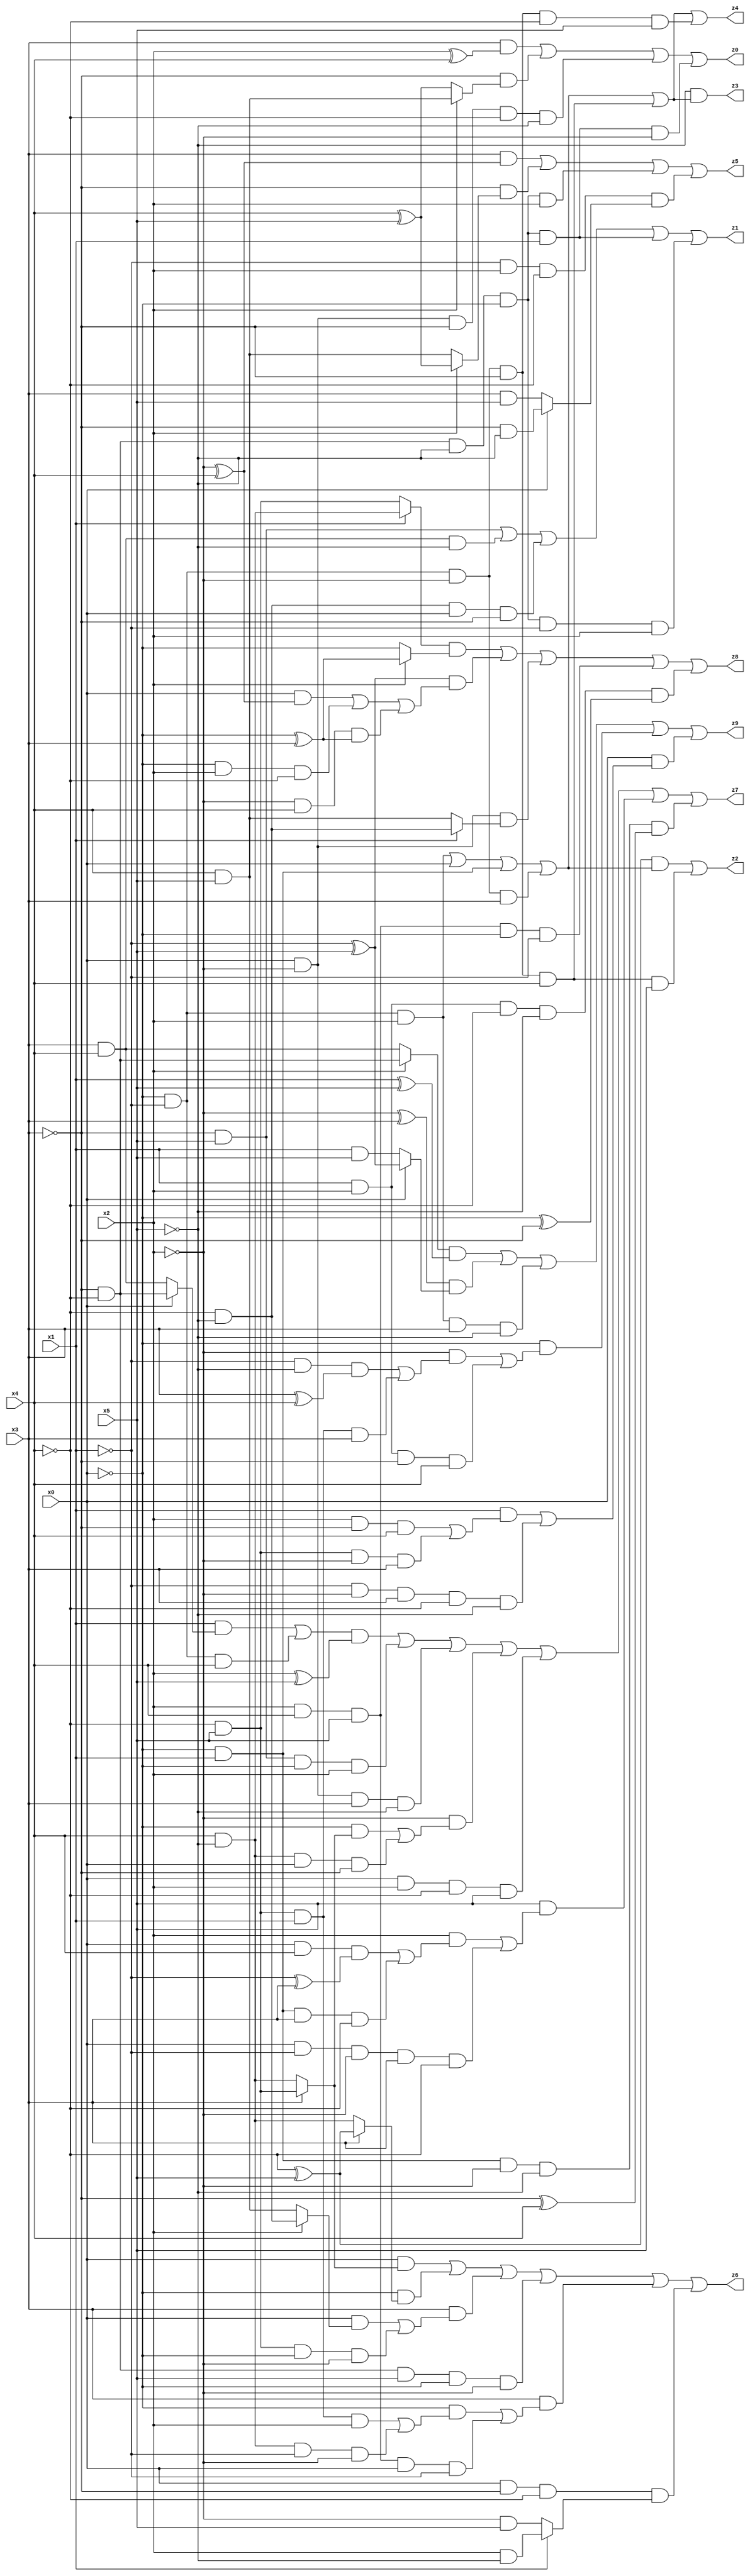
// Benchmark "X_28" written by ABC on Mon Jun 05 18:09:44 2023

module X_28 ( 
    x0, x1, x2, x3, x4, x5,
    z0, z1, z2, z3, z4, z5, z6, z7, z8, z9  );
  input  x0, x1, x2, x3, x4, x5;
  output z0, z1, z2, z3, z4, z5, z6, z7, z8, z9;
  assign z0 = (x3 & (x2 ^ x4)) | (~x3 & (x2 ? (x4 & x5) : (x4 ^ x5))) | (x0 & ~x2 & ~x3 & ~x4 & ~x5) | (~x3 & ~x4 & ~x5 & ~x0 & x1 & ~x2);
  assign z1 = (~x3 & x5) | (x3 & x4 & ~x5) | (~x4 & ~x5 & x0 & ~x3) | (~x3 & ~x4 & ~x5 & ~x0 & x1) | (~x3 & ~x4 & ~x5 & ~x0 & ~x1 & x2);
  assign z2 = ((~x4 ^ x5) & ((~x0 & ~x1 & x2) | x0 | (~x0 & x1) | (~x0 & ~x1 & ~x2 & x3))) | (~x0 & ~x1 & ~x2 & ~x3 & x4 & x5);
  assign z3 = ~x5 & ((~x0 & ~x1 & x2) | x0 | (~x0 & x1) | (~x0 & ~x1 & ~x2 & x3) | (~x0 & ~x1 & ~x2 & ~x3 & x4));
  assign z4 = (~x0 & ~x1 & x2) | x0 | (~x0 & x1) | (~x0 & ~x1 & ~x2 & x3) | (~x0 & ~x1 & ~x2 & ~x3 & x4) | (~x0 & ~x1 & ~x2 & ~x3 & ~x4 & x5);
  assign z5 = (x3 & (~x2 ^ x4)) | (~x3 & (x2 ? (x4 ^ x5) : (x4 & x5))) | (~x3 & ~x4 & ~x5 & ~x0 & x2) | (~x1 & x2 & ~x4 & (x0 ? (~x3 & ~x5) : (x3 & x5)));
  assign z6 = (x0 & (x3 ? (~x4 & x5) : (x4 & ~x5))) | (~x0 & (x3 ? (~x4 ^ x5) : (x4 & ~x5))) | (x3 & ((x0 & (x2 ? (~x4 & ~x5) : (x4 & x5))) | (~x4 & x5 & ~x0 & ~x2))) | (~x3 & ~x4 & x5 & ~x0 & ~x2) | (x3 & ((~x0 & ((~x4 & x5 & x1 & x2) | (x4 & ~x5 & ~x1 & ~x2))) | (x2 & x4 & x5 & x0 & ~x1))) | (x0 & ~x3 & ~x4 & (x1 ? (x2 & ~x5) : (~x2 & x5)));
  assign z7 = (((x1 & (x0 ? (~x3 & ~x4) : (x3 & x4))) | (~x0 & ~x1 & x4)) & (x2 ^ x5)) | (~x3 & x5 & ~x0 & x2) | (x0 & ~x2 & x3 & ~x5) | (~x2 & ((~x0 & (x3 ? (~x4 & x5) : (x4 & ~x5))) | (x4 & ~x5 & x0 & ~x3))) | (x0 & x2 & ~x4 & x5) | (x5 & ((x2 & ((x0 & x4 & (~x1 ^ x3)) | (~x0 & x1 & x3 & ~x4))) | (x0 & ~x1 & ~x2 & x3 & ~x4))) | (~x0 & x1 & ~x2 & ~x5 & (~x3 ^ x4));
  assign z8 = ((x1 ? (x4 & ~x5) : (~x4 & x5)) & (x2 ? (~x0 ^ x3) : ~x0)) | ((~x1 ^ x5) & ((x0 & (~x2 ^ x4)) | (~x0 & x2 & ~x4) | (~x2 & x4 & (~x0 ^ x3)))) | (x0 & ~x2 & (x1 ? (~x4 & ~x5) : (x4 & x5))) | (x2 & x4 & x5 & ~x0 & ~x1) | (x1 & x2 & ~x4 & ~x5 & (~x0 ^ ~x3));
  assign z9 = ((x2 ? (~x3 & ~x4) : (x3 & x4)) & (x1 ^ x5)) | ((~x2 ^ x3) & (x0 ? (~x1 ^ x5) : (x1 & x5))) | (~x0 & ~x1 & x2 & x3 & ~x5) | (~x0 & ((~x2 & ((~x1 & ~x5 & (x3 ^ x4)) | (~x4 & x5 & x1 & x3))) | (x1 & x2 & ~x3 & x4))) | (x0 & ((x1 & ((x2 & ~x3 & x4) | (~x4 & x5 & ~x2 & x3))) | (~x1 & ~x2 & x3 & ~x4 & ~x5)));
endmodule